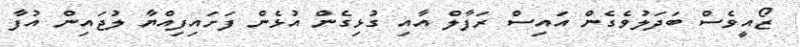
ޒޯއީވެސް ބަދަލުވެގެން އައިސް ރަފާލް އާއި ގުޅިގެން އުޅެން ފަށައިފިއްޔާ ލުޖައިން އުފާ